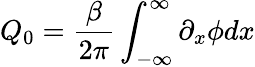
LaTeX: Q_{0}=\frac{\beta}{2\pi}\int_{-\infty}^{\infty}\partial_{x}\phi dx